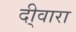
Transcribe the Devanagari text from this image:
दी्वारा